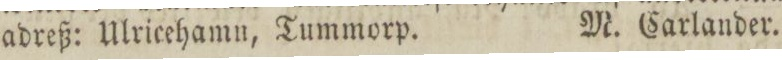
adreß: Ulricehamn, Tummorp.    M. Carlander.